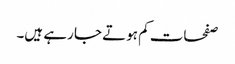
صفحات کم ہوتے جا رہے ہیں۔